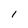
Character: 1